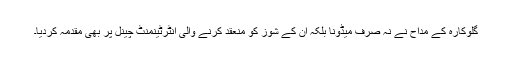
گلوکارہ کے مداح نے نہ صرف میڈونا بلکہ ان کے شوز کو منعقد کرنے والی انٹرٹینمنٹ چینل پر بھی مقدمہ کردیا۔